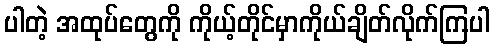
ပါတဲ့ အထုပ်တွေကို ကိုယ့်တိုင်မှာကိုယ်ချိတ်လိုက်ကြပါ